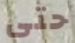
حتى